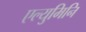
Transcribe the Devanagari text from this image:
एल्युमिनि